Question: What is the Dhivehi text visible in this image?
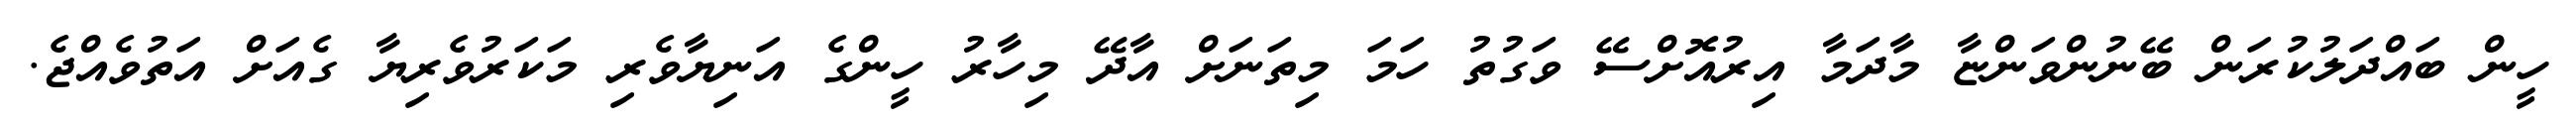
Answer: ހީން ބައްދަލުކުރަން ބޭނުންވަންޏާ މާދަމާ އިރުއޮށްސޭ ވަގުތު ހަމަ މިތަނަށް އާދޭ މިހާރު ހީންގެ އަނިޔާވެރި މަކަރުވެރިޔާ ގެއަށް އަތުވެއްޖެ.